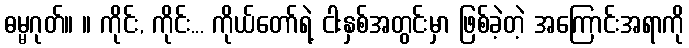
ဓမ္မဂုတ်။ ။ ကိုင်း, ကိုင်း... ကိုယ်တော်ရဲ့ ငါးနှစ်အတွင်းမှာ ဖြစ်ခဲ့တဲ့ အကြောင်းအရာကို